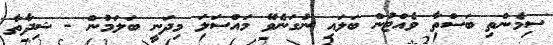
ސިމެންތި ބަސްތާ ވެއްޓުން ބަލައި ނުގަނެވޭ މައްސަލަ މިދަނީ ބަލަމުން - ޝިދާތާ